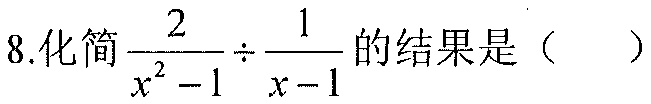
8.化简$\frac{2}{x^{2}-1}\div\frac{1}{x - 1}$的结果是（  ）